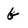
Character: b